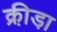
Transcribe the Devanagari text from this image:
क्री़डा़